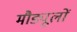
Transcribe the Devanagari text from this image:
मौड्यूलों